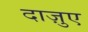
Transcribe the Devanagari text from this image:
दाज़ुए